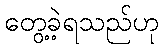
တွေ့ခဲ့ရသည်ဟု